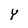
Character: Y